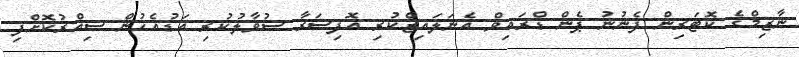
ނާޒިމްގެ ކޮޓަރިން ފެނުނު ޕެން ޑްރައިވް އެނަލައިޒްކުރި އޮފިސަރާ ސުވާލުކުރި އަޑުއެހުން ސިއްރުކޮށްފި